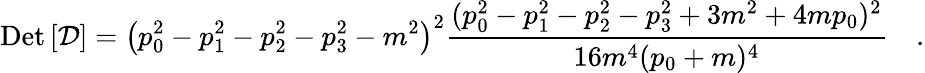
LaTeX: \mathrm{Det}\left[{\cal D}\right]=\left(p_{0}^{2}-p_{1}^{2}-p_{2}^{2}-p_{3}^{2}-m^{2}\right)^{2}\frac{(p_{0}^{2}-p_{1}^{2}-p_{2}^{2}-p_{3}^{2}+3m^{2}+4mp_{0})^{2}}{16m^{4}(p_{0}+m)^{4}}\quad.